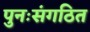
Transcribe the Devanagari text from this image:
पुनःसंगठित